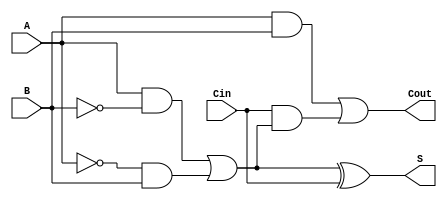
module TransmissionGateFullAdder (
    input wire A,
    input wire B,
    input wire Cin,
    output wire S,
    output wire Cout
);

    // Intermediate signals
    wire AB, A_xor_B, Cin_and_A_xor_B;

    // Transmission Gate for A XOR B
    assign A_xor_B = (A & ~B) | (~A & B);
    
    // Transmission Gate for A AND B
    assign AB = A & B;

    // Transmission Gate for Cin AND (A XOR B)
    assign Cin_and_A_xor_B = Cin & A_xor_B;

    // Final Sum S = A XOR B XOR Cin
    assign S = A_xor_B ^ Cin;

    // Final Carry-out Cout = (A AND B) OR (Cin AND (A XOR B))
    assign Cout = AB | Cin_and_A_xor_B;

endmodule